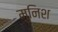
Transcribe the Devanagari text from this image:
मुनिश